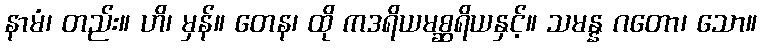
နာမံ၊ တည်း။ ဟိ၊ မှန်။ တေန၊ ထို ကဒရိယမစ္ဆရိယနှင့်။ သမန္န ဂတော၊ သော။